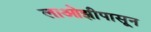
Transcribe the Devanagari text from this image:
लाओझीपासून